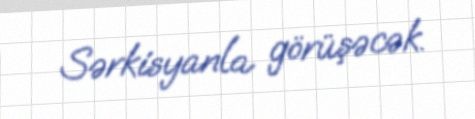
Sərkisyanla görüşəcək.